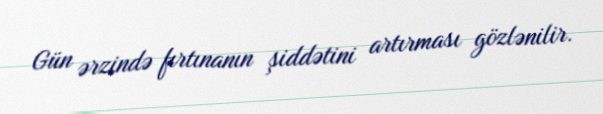
Gün ərzində fırtınanın şiddətini artırması gözlənilir.